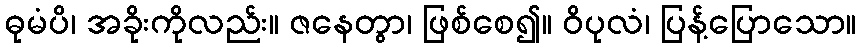
ဓုမံပိ၊ အခိုးကိုလည်း။ ဇနေတွာ၊ ဖြစ်စေ၍။ ဝိပုလံ၊ ပြန့်ပြောသော။